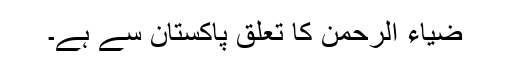
ضیاء الرحمن کا تعلق پاکستان سے ہے۔